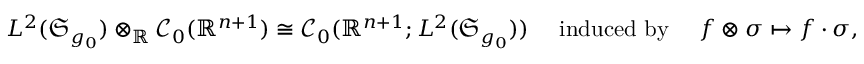
L ^ { 2 } ( \mathfrak { S } _ { g _ { 0 } } ) \otimes _ { \mathord { \mathbb { R } } } \mathcal { C } _ { 0 } ( \mathord { \mathbb { R } } ^ { n + 1 } ) \cong \mathcal { C } _ { 0 } ( \mathord { \mathbb { R } } ^ { n + 1 } ; L ^ { 2 } ( \mathfrak { S } _ { g _ { 0 } } ) ) \quad \mathrm { ~ i n d u c e d ~ b y ~ } \quad f \otimes \sigma \mapsto f \cdot \sigma ,